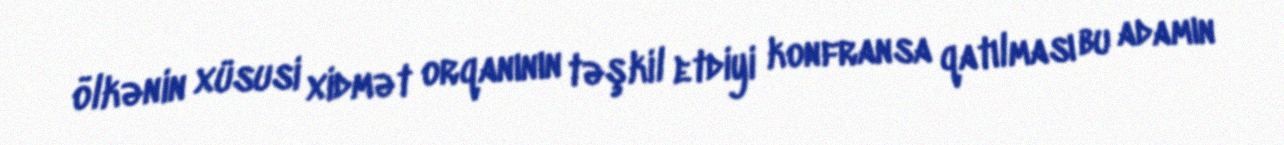
ölkənin xüsusi xidmət orqanının təşkil etdiyi konfransa qatılması bu adamın